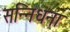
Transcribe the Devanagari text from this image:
सन्निधना